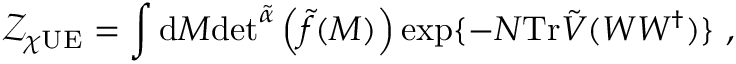
\mathcal { Z } _ { \chi \mathrm { U E } } = \int \mathrm { d } M \mathrm { d e t } ^ { \tilde { \alpha } } \left( \tilde { f } ( M ) \right) \exp \{ - N \mathrm { T r } \tilde { V } ( W W ^ { \dagger } ) \} \ ,